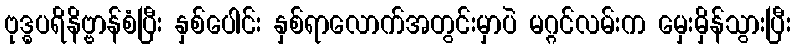
ဗုဒ္ဓပရိနိဗ္ဗာန်စံပြီး နှစ်ပေါင်း နှစ်ရာလောက်အတွင်းမှာပဲ မဂ္ဂင်လမ်းက မှေးမှိန်သွားပြီး